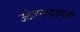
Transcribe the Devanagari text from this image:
उत्तेजनादायक